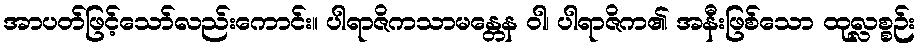
အာပတ်ဖြင့်သော်လည်းကောင်း။ ပါရာဇိကသာမန္တေန ဝါ၊ ပါရာဇိက၏ အနီးဖြစ်သော ထုလ္လစ္စဉ်း